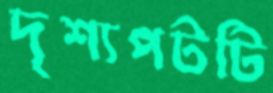
দৃশ্যপটটি